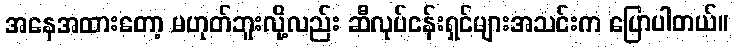
အနေအထားတော့ မဟုတ်ဘူးလို့လည်း ဆီလုပ်ငန်းရှင်များအသင်းက ပြောပါတယ်။